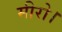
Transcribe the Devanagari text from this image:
मीरो।